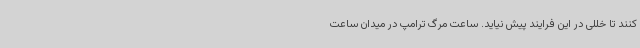
کنند تا خللی در این فرایند پیش نیاید. ساعت مرگ ترامپ در میدان ساعت